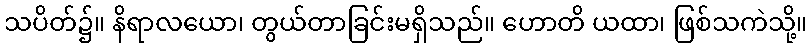
သပိတ်၌။ နိရာလယော၊ တွယ်တာခြင်းမရှိသည်။ ဟောတိ ယထာ၊ ဖြစ်သကဲသို့။